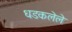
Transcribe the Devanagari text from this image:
धडकलेले